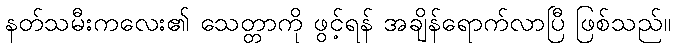
နတ်သမီးကလေး၏ သေတ္တာကို ဖွင့်ရန် အချိန်ရောက်လာပြီ ဖြစ်သည်။